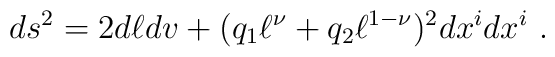
ds^2=2 d\ell dv+ (q_1 \ell^\nu+q_2 \ell^{1-\nu})^2 dx^idx^i\ .